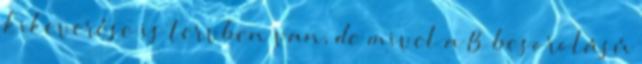
kikeverése is tervben van, de mivel a B besorolású